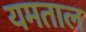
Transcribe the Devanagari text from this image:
यमताल